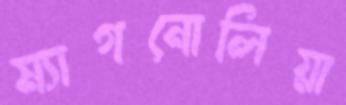
ম্যাগনোলিয়া